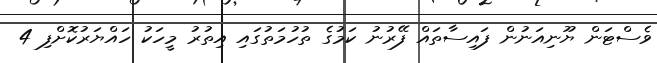
ވެސްޓަން ޔޫނިއަނުން ފައިސާތައް ފޭރުނު ކަމުގެ ތުހުމަތުގައި އިތުރު މީހަކު ހައްޔަރުކޮށްފި 4